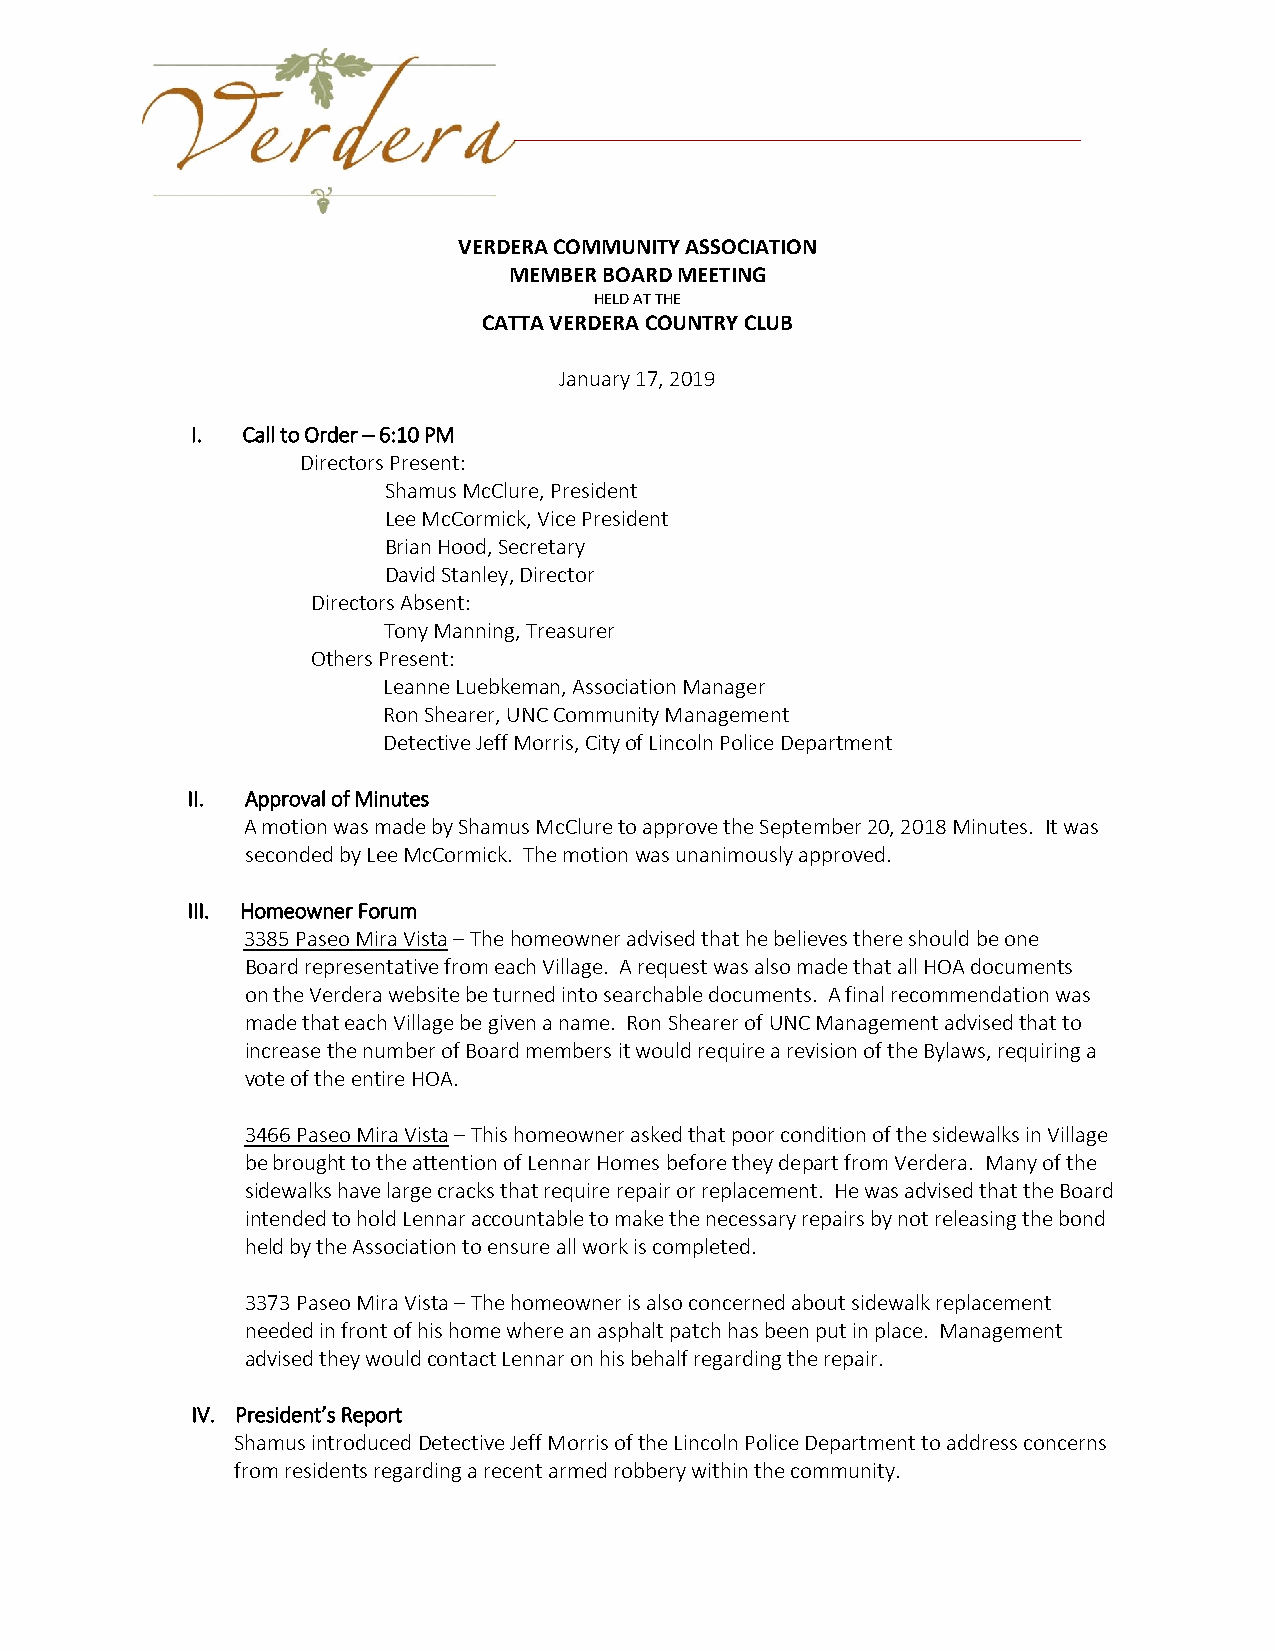
1455.10
 VERDERA COMMUNITY ASSOCIATION
 MEMBER BOARD MEETING
 HELD AT THE
 CATTA VERDERA COUNTRY CLUB
 January 17, 2019
 I. Call to Order – 6:10 PM
 Directors Present:
 Shamus McClure, President
 Lee McCormick, Vice President
 Brian Hood, Secretary
 David Stanley, Director
 Directors Absent:
 Tony Manning, Treasurer
 Others Present:
 Leanne Luebkeman, Association Manager
 Ron Shearer, UNC Community Management
 Detective Jeff Morris, City of Lincoln Police Department
 II. Approval of Minutes
 A motion was made by Shamus McClure to approve the September 20, 2018 Minutes. It was
 seconded by Lee McCormick. The motion was unanimously approved.
 III. Homeowner Forum
 3385 Paseo Mira Vista – The homeowner advised that he believes there should be one
 Board representative from each Village. A request was also made that all HOA documents
 on the Verdera website be turned into searchable documents. A final recommendation was
 made that each Village be given a name. Ron Shearer of UNC Management advised that to
 increase the number of Board members it would require a revision of the Bylaws, requiring a
 vote of the entire HOA.
 3466 Paseo Mira Vista – This homeowner asked that poor condition of the sidewalks in Village
 be brought to the attention of Lennar Homes before they depart from Verdera. Many of the
 sidewalks have large cracks that require repair or replacement. He was advised that the Board
 intended to hold Lennar accountable to make the necessary repairs by not releasing the bond
 held by the Association to ensure all work is completed.
 3373 Paseo Mira Vista – The homeowner is also concerned about sidewalk replacement
 needed in front of his home where an asphalt patch has been put in place. Management
 advised they would contact Lennar on his behalf regarding the repair.
 IV. President’s Report
 Shamus introduced Detective Jeff Morris of the Lincoln Police Department to address concerns
 from residents regarding a recent armed robbery within the community.